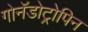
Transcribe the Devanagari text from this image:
गोनॅडोट्रोपिन